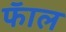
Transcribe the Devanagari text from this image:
फॅाल